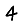
Digit: 4